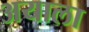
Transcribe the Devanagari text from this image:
अयाला